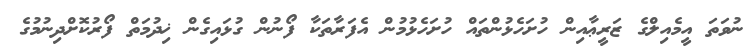
ނުވަތަ އީމެއިލްގެ ޒަރީޢާއިން ހުށަހެޅުންތައް ހުށަހެޅުމުން އެފަރާތަކާ ފޯނުން ގުޅައިގެން ޚިދުމަތް ފޯރުކޮށްދިނުމުގެ